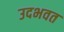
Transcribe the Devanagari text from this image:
उदभवत